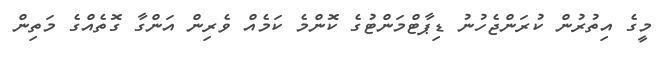
މީގެ އިތުރުން ކުރަންޖެހުނު ޑިޕާޓްމަންޓުގެ ކޮންމެ ކަމެއް ވެރިން އަންގާ ގޮތެއްގެ މަތިން